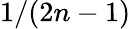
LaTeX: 1/(2n-1)